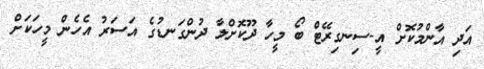
އަދި އާންމުކޮށް އީ-ސިނގިރޭޓް ބޯ މީހާ ދޫކޮށްލާ ދުންގަނޑުގެ އަސަރު އެހެން މީހަކަށް